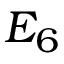
E _ { 6 }